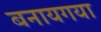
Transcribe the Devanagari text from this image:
बनायगया